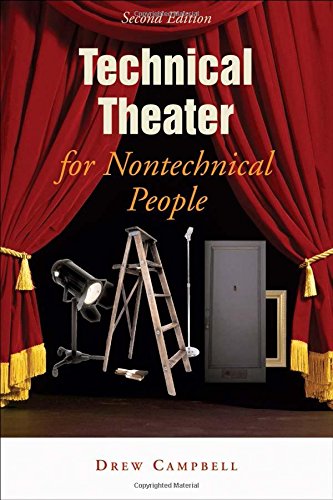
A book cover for Technical Theater for Nontechnical People, 2nd Edition; Drew Campbell; Humor & Entertainment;